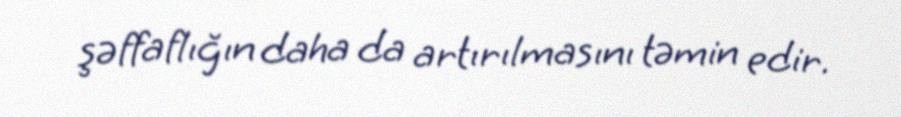
şəffaflığın daha da artırılmasını təmin edir.